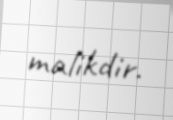
malikdir.